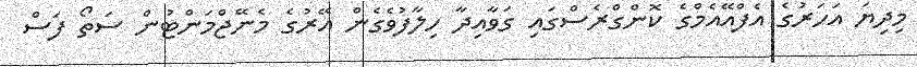
މިދިޔަ އަހަރުގެ އެފްއޭއެމްގެ ކޮންގްރެސްގައި ގަވާއިދާ ހިލާފުވެގެން އޭރުގެ މެނޭޖްމަންޓުން ސަތޯ ފަސް